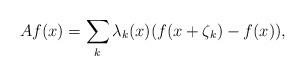
LaTeX: \begin{align*}Af(x) = \sum_k \lambda_k(x) (f(x+\zeta_k)-f(x)),\end{align*}